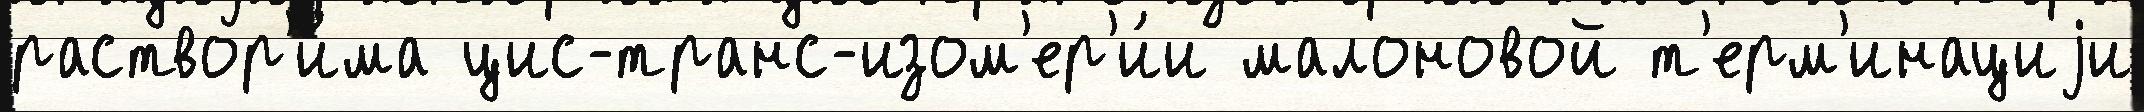
раствор'и́ма цис-транс-изом'ер'и́и малоновой т'ерм'инациjи